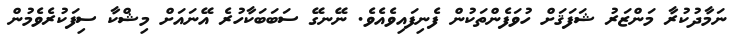
ނަމާދުކުރާ މަންޒަރު ޝަފަޤަށް ހުވަފެންތަކުން ފެނިފައިވެއެވެ. ނޭނގޭ ސަބަބަކާހުރެ އޭނައަށް މިޝްކާ ސިފަކުރެވެމުން